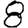
Digit: 8